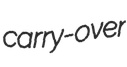
carry-over